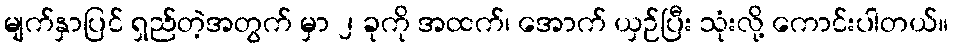
မျက်နှာပြင် ရှည်တဲ့အတွက် မှာ ၂ ခုကို အထက်၊ အောက် ယှဉ်ပြီး သုံးလို့ ကောင်းပါတယ်။